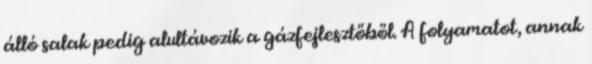
álló salak pedig alultávozik a gázfejlesztőből. A folyamatot, annak